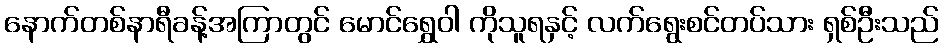
နောက်တစ်နာရီခန့်အကြာတွင် မောင်ရွှေဝါ ကိုသူရနှင့် လက်ရွေးစင်တပ်သား ရှစ်ဦးသည်